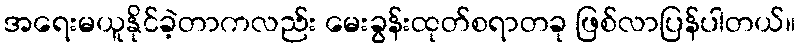
အရေးမယူနိုင်ခဲ့တာကလည်း မေးခွန်းထုတ်စရာတခု ဖြစ်လာပြန်ပါတယ်။